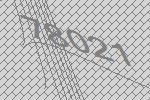
78021